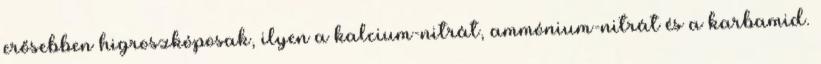
erősebben higroszkóposak, ilyen a kalcium-nitrát, ammónium-nitrát és a karbamid.